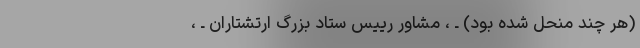
(هر چند منحل شده بود) ـ ‌، مشاور رییس‌ ستاد بزرگ‌ ارتشتاران‌ ـ ‌،